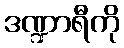
ဒဏ္ဍာရီကို